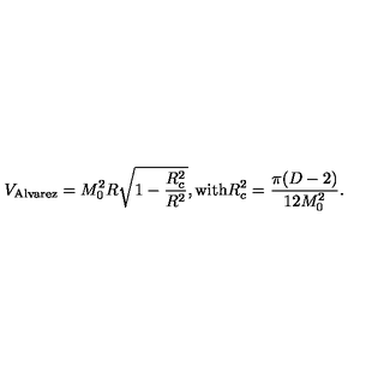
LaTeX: V _ { \mathrm { A l v a r e z } } = M _ { 0 } ^ { 2 } R \sqrt { 1 - \frac { R _ { c } ^ { 2 } } { R ^ { 2 } } } , \mathrm { w i t h } R _ { c } ^ { 2 } = \frac { \pi ( D - 2 ) } { 1 2 M _ { 0 } ^ { 2 } } .